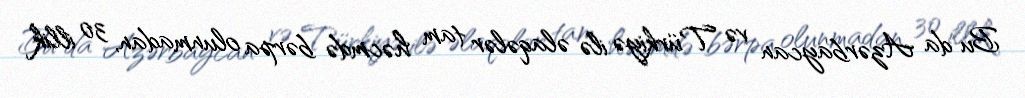
Bu da Azərbaycan və Türkiyə ilə əlaqələr tam həcmdə bərpa olunmadan, 30 illik